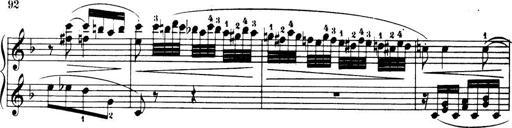
Title: 32 Sonatinas and Rondos for the Piano
Composer: Richard Kleinmichel